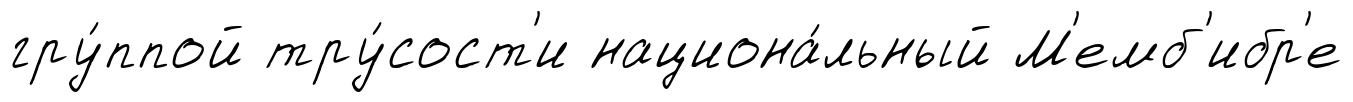
гру́ппой тру́сост'и национа́льный М'емб'ибр'е